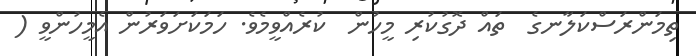
ތިމަންރަސްްކަލާނގެ  ތައް ދޮގުކުރި މީހުން  ކުރެއްވީމެވެ. ހަމަކަށަވަރުން އެމީހުންވީ (